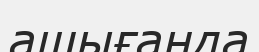
ашығанда